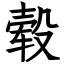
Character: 毂